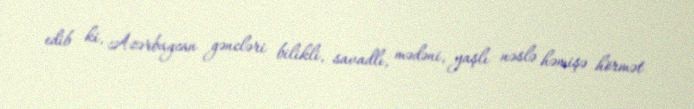
edib ki, Azərbaycan gəncləri bilikli, savadlı, mədəni, yaşlı nəslə həmişə hörmət